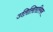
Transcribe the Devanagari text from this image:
उतिलितारियन